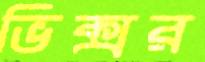
ভিক্সর